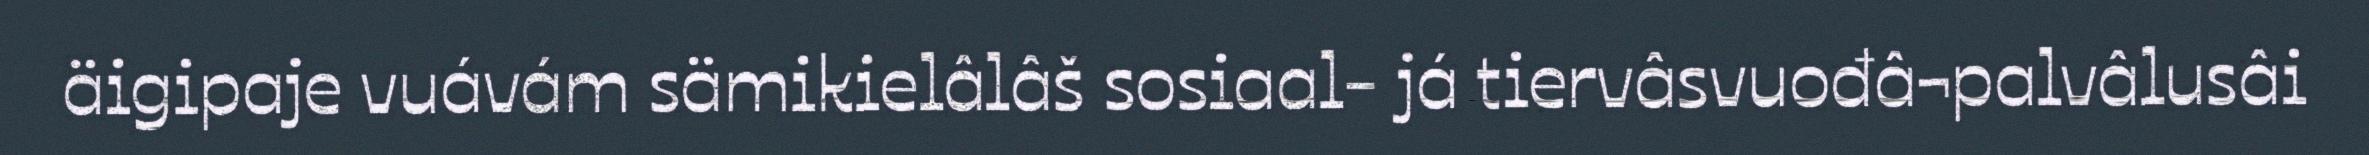
äigipaje vuávám sämikielâlâš sosiaal- já tiervâsvuođâ¬palvâlusâi